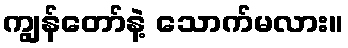
ကျွန်တော်နဲ့ သောက်မလား။